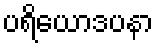
ပရိယောဒပနာ